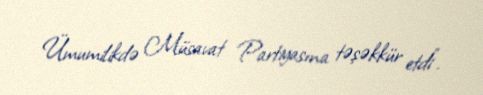
Ümumilikdə Müsavat Partiyasına təşəkkür etdi”.